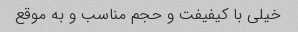
خیلی با کیفیفت و حجم مناسب و به موقع